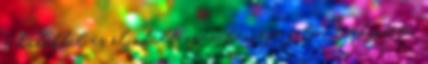
a habokból és elindult az ő hercege felé. Tekintete